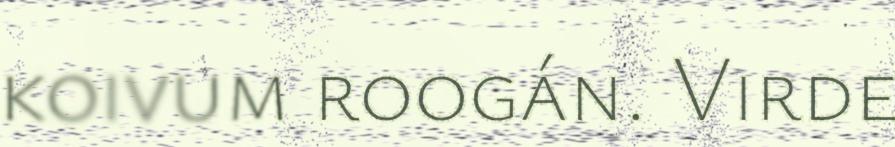
koivum roogán. Virde